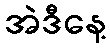
အဲဒီနေ့